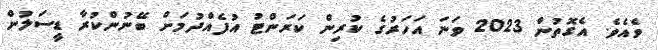
ވެއެވެ. އެގޮތުން 2023 ވަނަ އަހަރުގެ ކުރިން ކަރަންޓު އުފެއްދުމަށް ބޭނުންކުރާ ޑީސަލުން